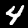
Digit: 4